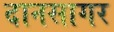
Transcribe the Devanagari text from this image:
दानसागर